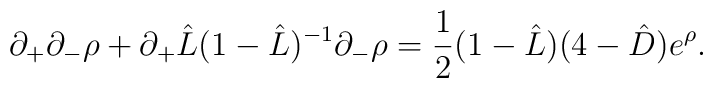
\partial _+\partial _-\rho+\partial _+\hat{L}(1-\hat{L})^{-1}\partial _-\rho=\frac{1}{2}(1-\hat{L})(4-\hat{D})e^{\rho }.